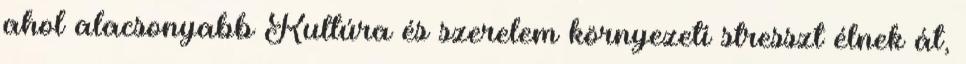
ahol alacsonyabb Kultúra és szerelem környezeti stresszt élnek át,